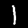
Digit: 1